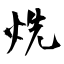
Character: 烍